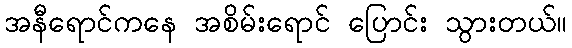
အနီရောင်ကနေ အစိမ်းရောင် ပြောင်း သွားတယ်။